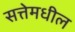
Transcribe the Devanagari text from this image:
सत्तेमधील